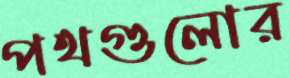
পথগুলোর